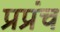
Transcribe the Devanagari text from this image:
प्रप्रंच